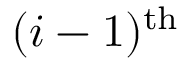
( i - 1 ) ^ { \mathrm { t h } }